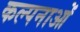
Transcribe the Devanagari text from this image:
कल्‍पनाओं